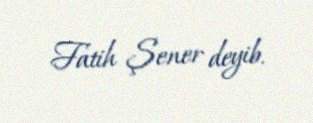
Fatih Şener deyib.